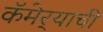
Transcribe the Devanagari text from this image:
कॅमेर्‍याची